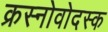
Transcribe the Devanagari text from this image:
क्रस्नोवोदस्क